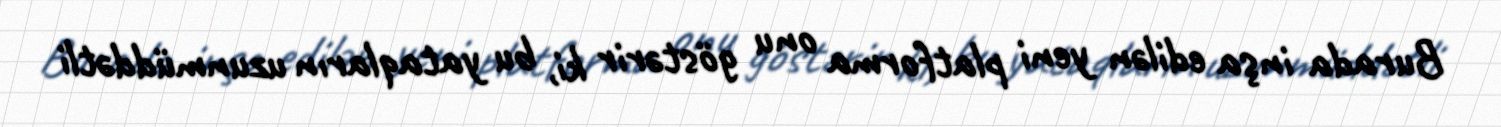
Burada inşa edilən yeni platforma onu göstərir ki, bu yataqların uzunmüddətli